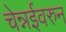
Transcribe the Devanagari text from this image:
चेन्नईवरुन